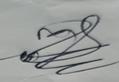
Signature authenticity: genuine